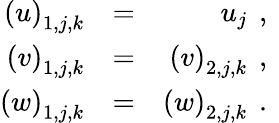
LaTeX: \begin{array}{rlr}{{\left(u\right)_{1,j,k}}}&{{}{=}}&{{u_{j}\, \mathrm{~,~}}}\\ {{\left(v\right)_{1,j,k}}}&{{}{=}}&{{\left(v\right)_{2,j,k}\, \mathrm{~,~}}}\\ {{\left(w\right)_{1,j,k}}}&{{}{=}}&{{\left(w\right)_{2,j,k}\, \mathrm{~.~}}}\end{array}